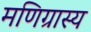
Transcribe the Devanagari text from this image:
मणिग्रास्य